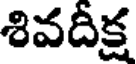
శివదీక్ష